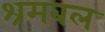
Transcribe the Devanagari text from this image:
श्रमबल